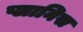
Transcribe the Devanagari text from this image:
प्लानिस